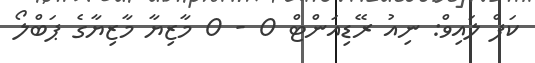
ކަޕް ލައިވް: ނިއު ރޭޑިއަންޓް 0 - 0 މާޒިޔާ މާޒިޔާގެ ޕަބްލޯ